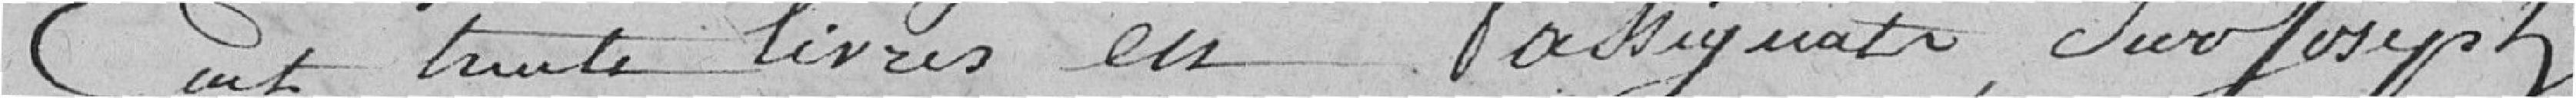
cent trente livres en assignats; sur Joseph